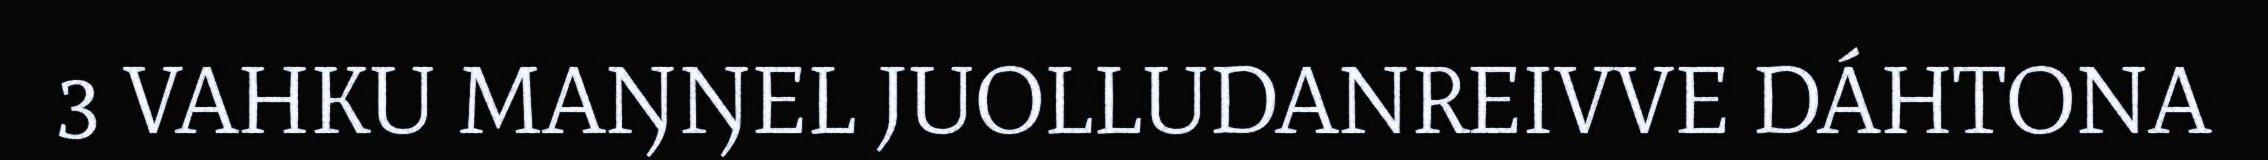
3 VAHKU MAŊŊEL JUOLLUDANREIVVE DÁHTONA